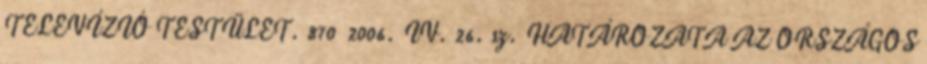
TELEVÍZIÓ TESTÜLET. 870 2006. IV. 26. sz. HATÁROZATA AZ ORSZÁGOS